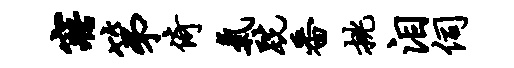
寤第倚气跣番挑泪伺